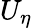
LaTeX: U_{\eta}